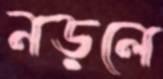
নড়লে